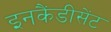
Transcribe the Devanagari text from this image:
इनकैंडीसेंट